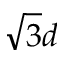
\sqrt { 3 } d